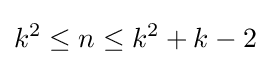
k^{2}\leq n\leq k^{2}+k-2